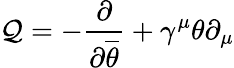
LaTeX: \mathcal{Q}=-{\frac{{\partial}}{{\partial{\overline{{{\theta}}}}}}}+\gamma^{\mu}\theta\partial_{\mu}